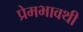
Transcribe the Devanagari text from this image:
प्रेमभावथी